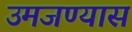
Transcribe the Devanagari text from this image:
उमजण्यास